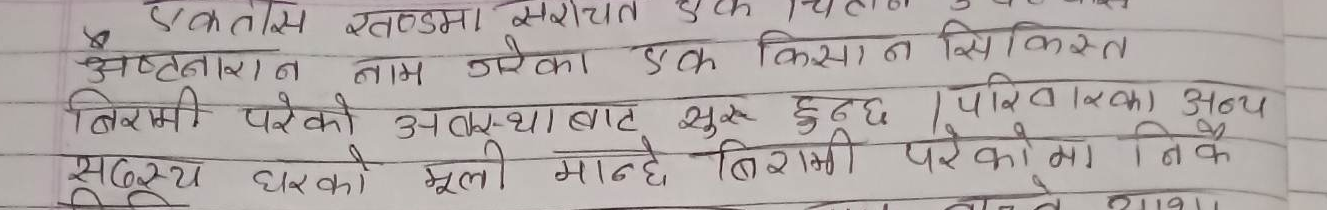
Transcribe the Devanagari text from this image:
एकतास खण्डमा सरायत एक चिताळ
अष्टनारायन नाम गरेका एक किसान सिकिस्त
बिरामी परेको अवस्थाबाट सुरु हुन्छ । परिवारका अन्य
सदस्य घरको मूली मान्दै बिरामी परेकोमा निकै
राजा